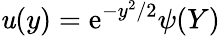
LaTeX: \mathit{u}(y)=\mathrm{{e}}^{-y^{2}/2}\psi(Y)